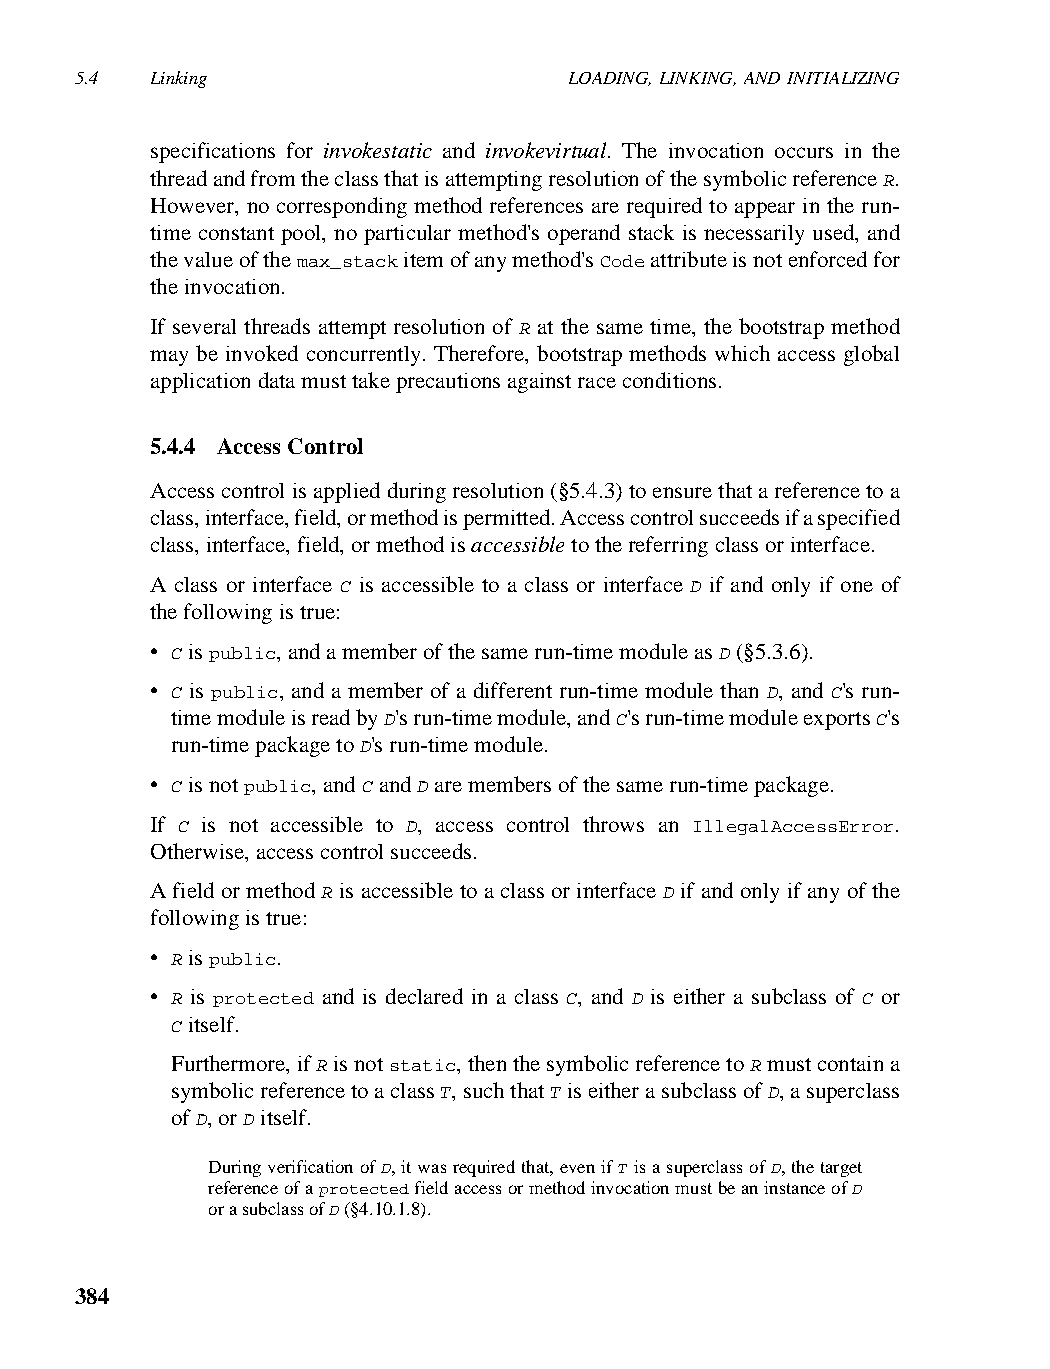
5.4  Linking                     LOADING, LINKING, AND INITIALIZING
 specifications for invokestatic and invokevirtual. The invocation occurs in the
 thread and from the class that is attempting resolution of the symbolic reference R.
 However, no corresponding method references are required to appear in the run-
 time constant pool, no particular method's operand stack is necessarily used, and
 the value of the max_stack item of any method's Code attribute is not enforced for
 the invocation.
 If several threads attempt resolution of R at the same time, the bootstrap method
 may be invoked concurrently. Therefore, bootstrap methods which access global
 application data must take precautions against race conditions.
 5.4.4 Access Control
 Access control is applied during resolution (§5.4.3) to ensure that a reference to a
 class, interface, field, or method is permitted. Access control succeeds if a specified
 class, interface, field, or method is accessible to the referring class or interface.
 A class or interface C is accessible to a class or interface D if and only if one of
 the following is true:
 • C is public, and a member of the same run-time module as D (§5.3.6).
 • C is public, and a member of a different run-time module than D, and C's run-
 time module is read by D's run-time module, and C's run-time module exports C's
 run-time package to D's run-time module.
 • C is not public, and C and D are members of the same run-time package.
 If C is not accessible to D, access control throws an IllegalAccessError.
 Otherwise, access control succeeds.
 A field or method R is accessible to a class or interface D if and only if any of the
 following is true:
 • R is public.
 • R is protected and is declared in a class C, and D is either a subclass of C or
 C itself.
 Furthermore, if R is not static, then the symbolic reference to R must contain a
 symbolic reference to a class T, such that T is either a subclass of D, a superclass
 of D, or D itself.
 During verification of D, it was required that, even if T is a superclass of D, the target
 reference of a protected field access or method invocation must be an instance of D
 or a subclass of D (§4.10.1.8).
 384